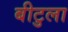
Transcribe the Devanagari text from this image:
बीटुला